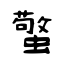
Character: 蟼